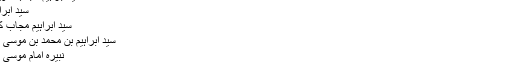
سید ابراہیم مجاب - ویکی شیعہ
سید ابراہیم مجاب
سید ابراہیم مجاب کی ضریح
سید ابراہیم بن محمد بن موسی کاظم (ع)
نبیرہ امام موسی کاظم (ع)
سید ابراہیم بن محمد بن موسی الکاظم (ع)، مجاب اور ضریر کوفی کے نام سے معروف، محمد عابد کے فرزند اور امام موسی کاظم (ع) کے پوتے ہیں۔